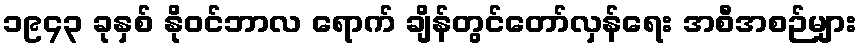
၁၉၄၃ ခုနှစ် နိုဝင်ဘာလ ရောက် ချိန်တွင်တော်လှန်ရေး အစီအစဉ်များ